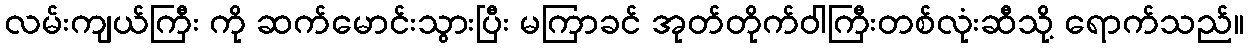
လမ်းကျယ်ကြီး ကို ဆက်မောင်းသွားပြီး မကြာခင် အုတ်တိုက်ဝါကြီးတစ်လုံးဆီသို့ ရောက်သည်။